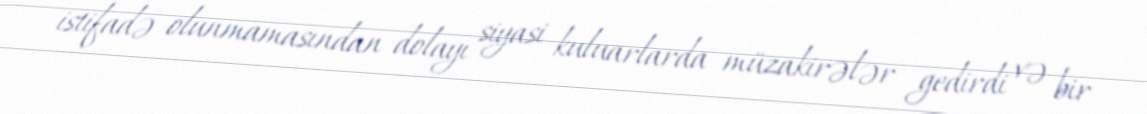
istifadə olunmamasından dolayı siyasi kuluarlarda müzakirələr gedirdi və bir